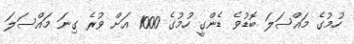
ހުމުގެ މައްސަލަ ބޮޑުވެ ޑެންގީ ހުމުގެ 1000 އަށް ވުރެ ގިނަ މައްސަލަ